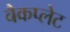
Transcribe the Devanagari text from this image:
बैकप्लेट